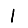
Digit: 1